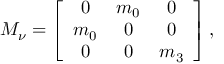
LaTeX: { \cal M } _ { \nu } = \left[ \begin{array} { c c c } { { 0 } } & { { m _ { 0 } } } & { { 0 } } \\ { { m _ { 0 } } } & { { 0 } } & { { 0 } } \\ { { 0 } } & { { 0 } } & { { m _ { 3 } } } \end{array} \right] ,